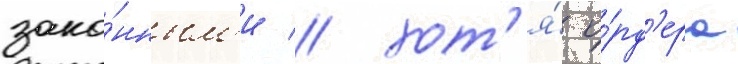
зако́нным'и / хот'я́ о́рд'ера